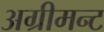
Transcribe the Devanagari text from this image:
अग्रीमन्ट